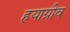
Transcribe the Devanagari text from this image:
हयाग्रीव